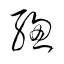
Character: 總